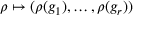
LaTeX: \rho \mapsto ( \rho ( g _ { 1 } ) , \ldots , \rho ( g _ { r } ) )